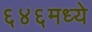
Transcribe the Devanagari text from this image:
६४६मध्ये